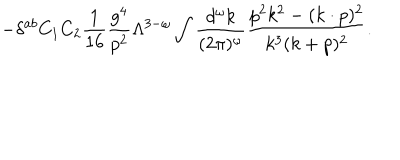
- \delta ^ { a b } C _ { 1 } C _ { 2 } { \frac { 1 } { 1 6 } } { \frac { g ^ { 4 } } { p ^ { 2 } } } \Lambda ^ { 3 - \omega } \int { \frac { d ^ { \omega } k } { ( 2 \pi ) ^ { \omega } } } { \frac { p ^ { 2 } k ^ { 2 } - ( k \cdot p ) ^ { 2 } } { k ^ { 3 } ( k + p ) ^ { 2 } } } .